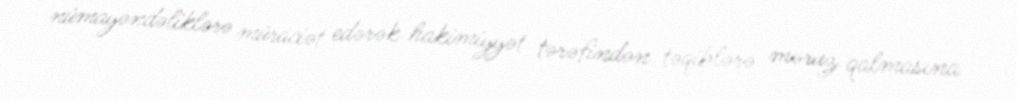
nümayəndəliklərə müraciət edərək hakimiyyət tərəfindən təqiblərə məruz qalmasına